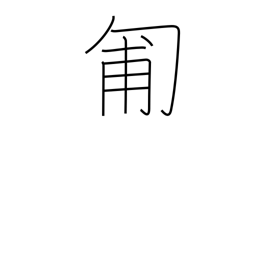
Meaning: crawl